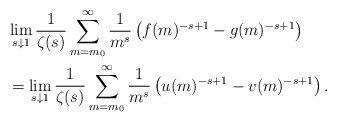
\begin{align*}&\lim_{s\downarrow1}\frac{1}{\zeta(s)}\sum_{m=m_0}^\infty\frac{1}{m^s}\left(f(m)^{-s+1} - g(m)^{-s+1}\right)\\&=\lim_{s\downarrow1}\frac{1}{\zeta(s)}\sum_{m=m_0}^\infty\frac{1}{m^s}\left(u(m)^{-s+1} - v(m)^{-s+1}\right).\end{align*}